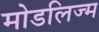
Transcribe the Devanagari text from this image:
मोडलिज्म